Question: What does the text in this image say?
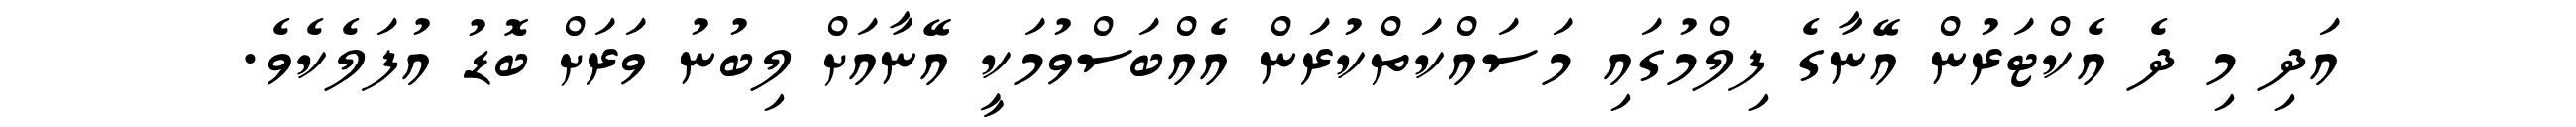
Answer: އަދި މި ދެ އެކްޓަރުން އޭނާގެ ފިލްމުގައި މަސައްކަތްކުރަން އެއްބަސްވުމަކީ އޭނާއަށް ލިބުނު ވަރަށް ބޮޑު އުފަލެކެވެ.